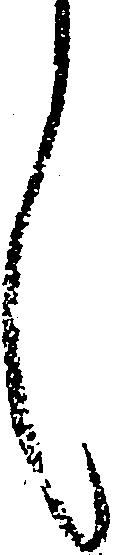
言